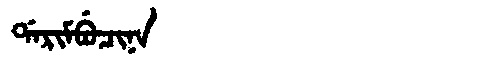
Manchu: ᡩᠠᡵᡳᠮᠪᡠᠴᡳᠨᠠ
Romanization: DARIMBUCINA